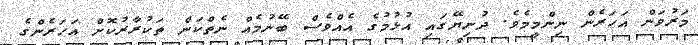
މަރުވަން އަހަރެން ނިންމީމެވެ. ދުނިޔޭގައި އުޅުމުގެ އެއްވެސް ބޭނުމެއް ނެތްކަން ތަކުރާރުކޮށް އަހަރެންގެ